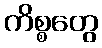
ကိစ္စတွေ